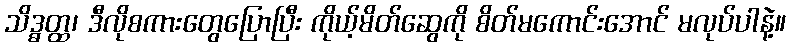
သိဒ္ဓတ္ထ၊ ဒီလိုစကားတွေပြောပြီး ကိုယ့်မိတ်ဆွေကို စိတ်မကောင်းအောင် မလုပ်ပါနဲ့။